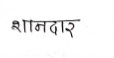
मजकूर: शानदार